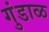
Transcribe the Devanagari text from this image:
गुंडाळ